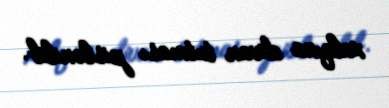
xalqına divan tutması pislənilib.